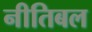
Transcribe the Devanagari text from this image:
नीतिबल